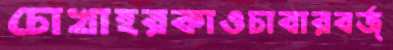
চোখাহরকাওচাবারবর্জ্